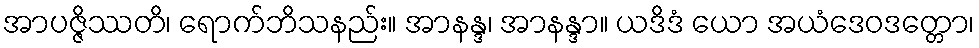
အာပဇ္ဇိဿတိ၊ ရောက်ဘိသနည်း။ အာနန္ဒ၊ အာနန္ဒာ။ ယဒိဒံ ယော အယံဒေဝဒတ္တော၊